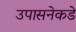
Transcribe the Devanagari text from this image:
उपासनेकडे